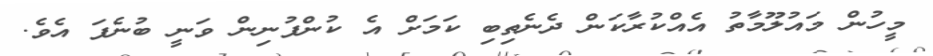
މީހުން މައުލޫމާތު އެއްކުރާކަން ދެނެތިބި ކަމަށް އެ ކުންފުނިން ވަނީ ބުނެފަ އެވެ.